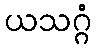
ယသဂ္ဂံ